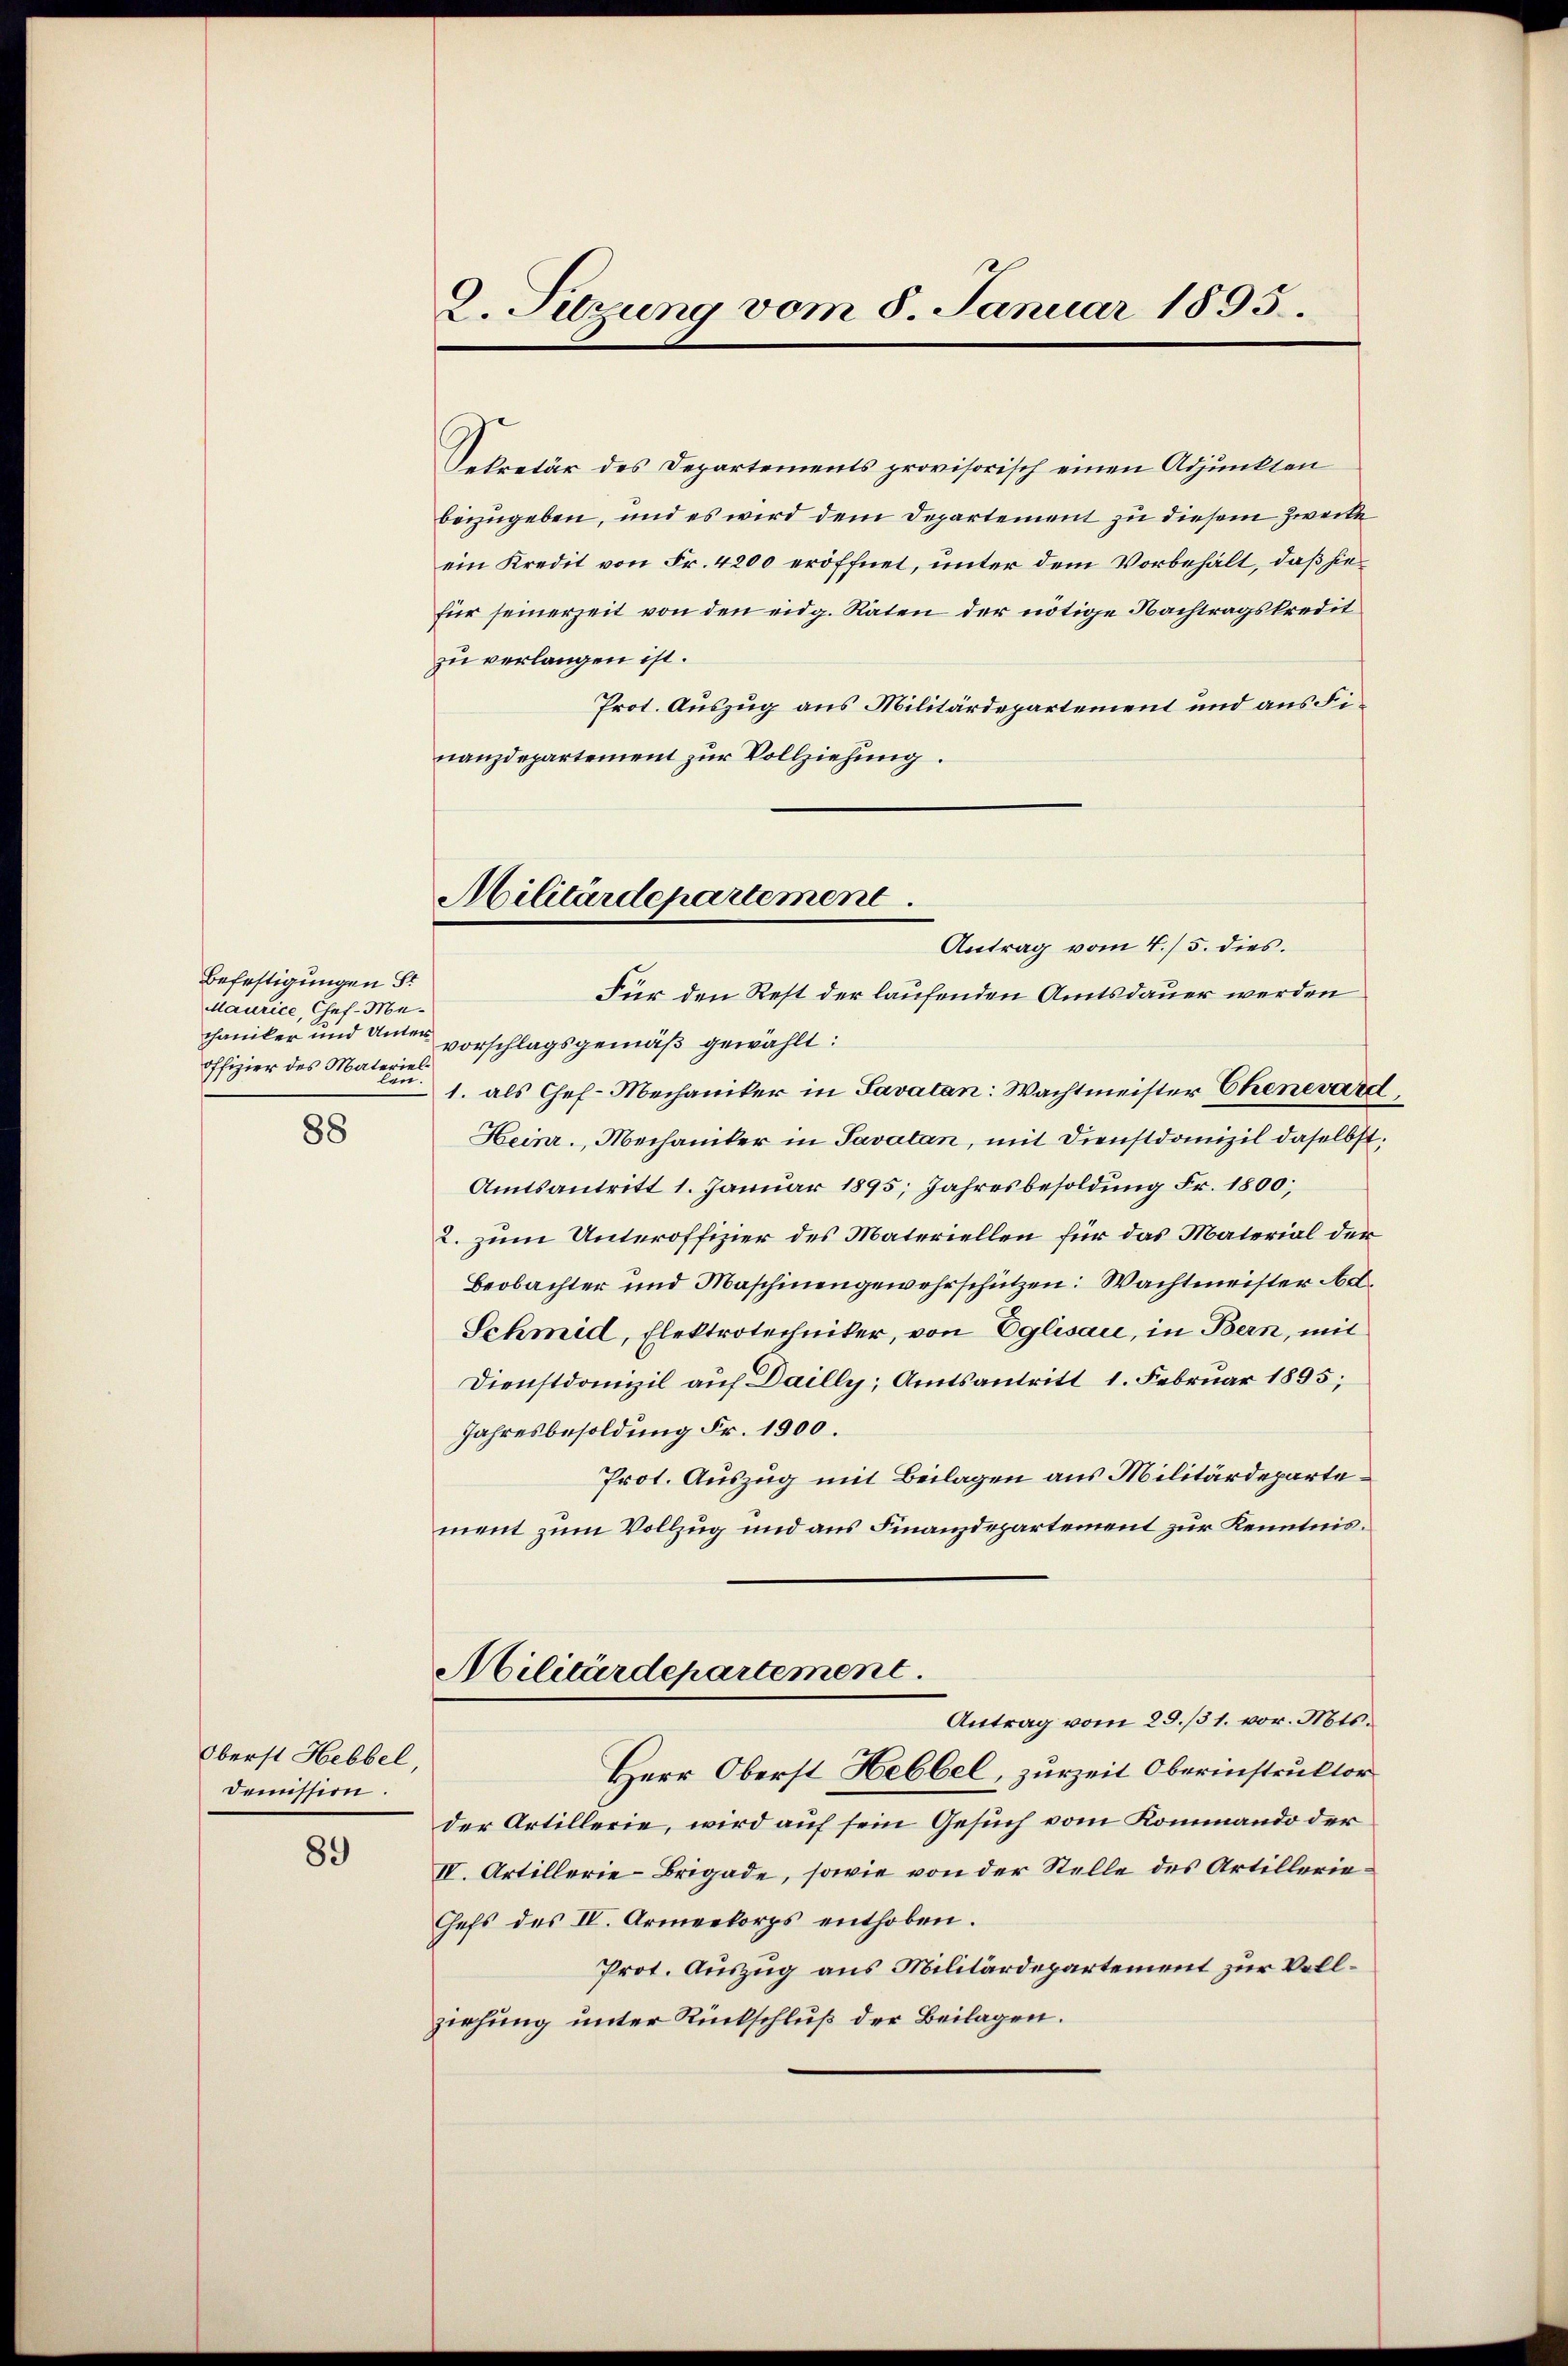
Befestigungen St
Maurice, Chef-Mechaniker und Unteroffizier des Materiel
n.

88

Oberst Hebbel,
Demission.

89

2. Setzung vom 8. Januar 1895.

Militärdepartement
Antrag vom 4./5. dies.

Sekretär des Departements provisorisch einen Adjunkten
beizugeben, und es wird dem Departement zu diesem Zwecke
ein Kredit von Fr. 4200 eröffnet, unter dem Vorbehält, daß hiefür seinerzeit von den eidg. Räten der nötige Nachtragskredit
zu verlangen ist.
Prot. Auszug aus Militärdepartement und aus Finanzdepartement zur Vollziehung.
Für den Rest der laufenden Amtsdauer werden
vorschlagsgemäß gewählt:
1. als Chef Mechaniker in Savatan: Wachtmeister Chenevatt
Heinr., Mechaniker in Savatan, mit Dienstdomizil daselbst,
Amtsantritt 1. Januar 1895; Jahresbesoldung Fr. 1800;
2. zum Unteroffizier des Materiellen für das Material der
Beobachter und Maschinengewahrschützen: Wachtmeister Ad¬
Schmid, Elektrotechniker, von Eglisau, in Bern, mit
Dienstdomizil auf Dailly, Amtsantritt 1. Februar 1895;
Jahresbesoldung Fr. 1900.
Prot. Auszug mit Beilagen aus Militärdepartement zum Vollzug und aus Finanzdepartement zur Kenntnis¬
Militärdepartement
Antrag vom 29./31. vor. Mts.
Herr Oberst Hebbel, zurzeit Oberinstruktor
der Artillerie, wird auf sein Gesuch vom Kommando der
IV. Artillerie-Brigade, sowie von der Stelle des Artillerie¬
Chefs des IV. Armeekorps enthoben.
Prot. Auszug aus Militärdepartement zur Vollziehung unter Rückschluß der Beilagen.